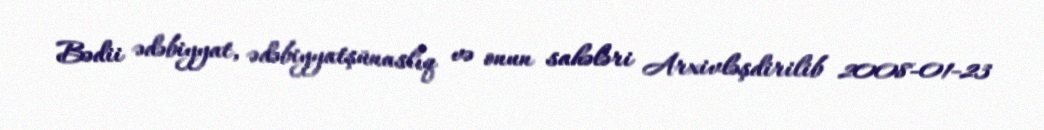
Bədii ədəbiyyat, ədəbiyyatşünaslıq və onun sahələri Arxivləşdirilib 2008-01-23